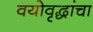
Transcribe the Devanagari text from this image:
वयोवृद्धांचा